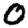
Digit: 0